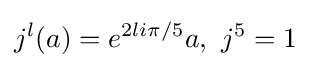
j^{l}(a)=e^{2li\pi /5}a,\ j^{5}=1